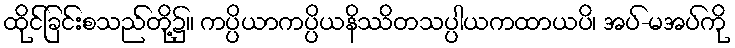
ထိုင်ခြင်းစသည်တို့၌။ ကပ္ပိယာကပ္ပိယနိဿိတသပ္ပါယကထာယပိ၊ အပ်-မအပ်ကို